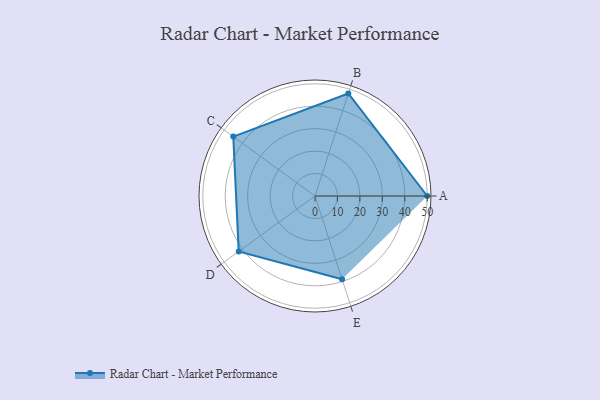
{"axis": {"x": "Skill", "y": "Score"}, "legend": ["Profile"], "data": [{"x": "A", "y": 50.0, "type": "Profile"}, {"x": "B", "y": 48.0, "type": "Profile"}, {"x": "C", "y": 45.0, "type": "Profile"}, {"x": "D", "y": 42.0, "type": "Profile"}, {"x": "E", "y": 39.0, "type": "Profile"}]}